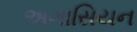
અગાસિયન